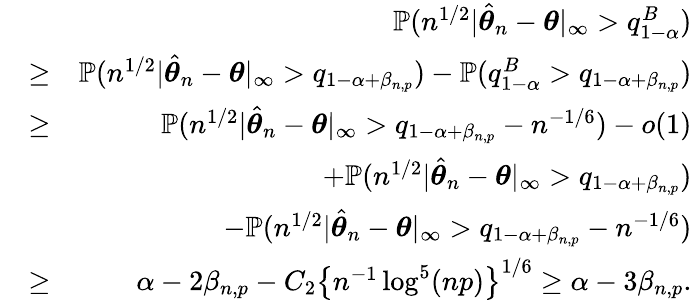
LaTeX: \begin{array}{rlr}&{}&{{\mathbb{P}}(n^{1/2}|\hat{{\boldsymbol\theta}}_{n}-{\boldsymbol\theta}|_{\infty}>q_{1-\alpha}^{B})}\\ &{\geq}&{{\mathbb{P}}(n^{1/2}|\hat{{\boldsymbol\theta}}_{n}-{\boldsymbol\theta}|_{\infty}>q_{1-\alpha+\beta_{n,p}})-{\mathbb{P}}(q_{1-\alpha}^{B}>q_{1-\alpha+\beta_{n,p}})}\\ &{\geq}&{{\mathbb{P}}(n^{1/2}|\hat{{\boldsymbol\theta}}_{n}-{\boldsymbol\theta}|_{\infty}>q_{1-\alpha+\beta_{n,p}}-n^{-1/6})-o(1)}\\ &{}&{+{\mathbb{P}}(n^{1/2}|\hat{{\boldsymbol\theta}}_{n}-{\boldsymbol\theta}|_{\infty}>q_{1-\alpha+\beta_{n,p}})}\\ &{}&{-{\mathbb{P}}(n^{1/2}|\hat{{\boldsymbol\theta}}_{n}-{\boldsymbol\theta}|_{\infty}>q_{1-\alpha+\beta_{n,p}}-n^{-1/6})}\\ &{\geq}&{\alpha-2\beta_{n,p}-C_{2}\left\{ n^{-1}\log^{5}(np)\right\} ^{1/6}\geq\alpha-3\beta_{n,p}.}\end{array}